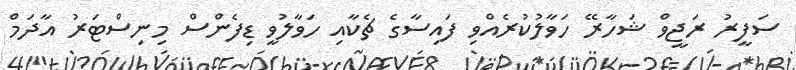
ސަފީރު ރަޖީވް ޝަހާރޭ ހަވާލުކުރެއްވި ފައިސާގެ ޗެކާއި ހަވާލުވީ ޑިފެންސް މިނިސްޓަރު އާދަމް